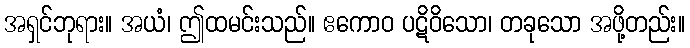
အရှင်ဘုရား။ အယံ၊ ဤထမင်းသည်။ ဧကောဝ ပဋိဝိသော၊ တခုသော အဖို့တည်း။